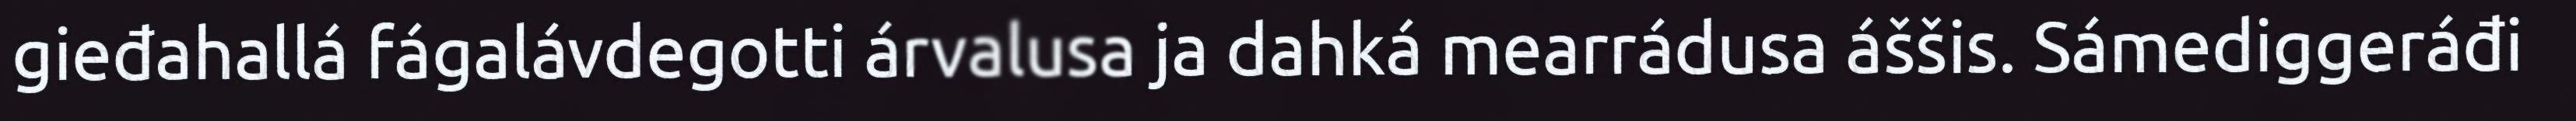
gieđahallá fágalávdegotti árvalusa ja dahká mearrádusa áššis. Sámediggeráđi